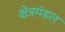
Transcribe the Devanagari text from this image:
क्षेत्रमंडल